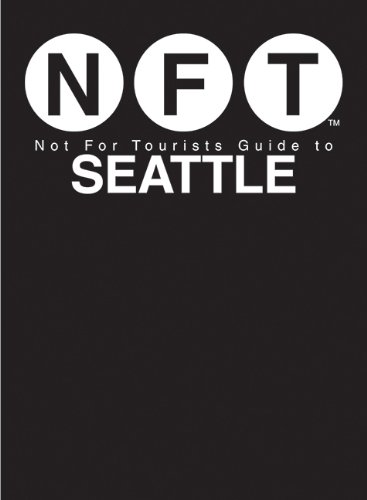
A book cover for Not For Tourists Guide to Seattle (Not for Tourists Guidebook); Not For Tourists; Travel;